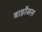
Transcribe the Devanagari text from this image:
बाइरैमस